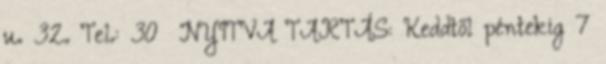
u. 32. Tel.: 30 NYITVA TARTÁS: Keddtől péntekig 7